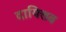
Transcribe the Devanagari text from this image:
दायित्तव